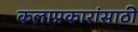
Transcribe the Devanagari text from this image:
कलाप्रकारांसाठी